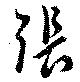
張